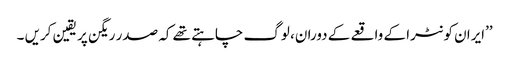
’’ایران کونٹرا کے واقعے کے دوران، لوگ چاہتے تھے کہ صدر ریگن پر یقین کریں ۔